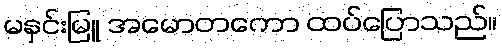
မနှင်းမြူ အမောတကော ထပ်ပြောသည်။